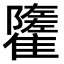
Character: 𩁌